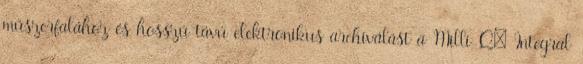
műszerfalához és hosszú távú elektronikus archiválást a Milli-Q® Integral